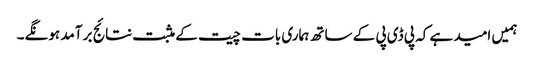
ہمیں امید ہے کہ پی ڈی پی کے ساتھ ہماری بات چیت کے مثبت نتائج بر آمد ہونگے۔